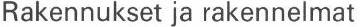
Rakennukset ja rakennelmat